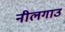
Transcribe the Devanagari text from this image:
नीलगाउ